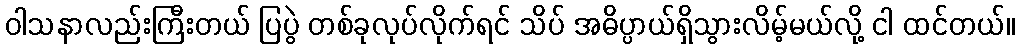
ဝါသနာလည်းကြီးတယ် ပြပွဲ တစ်ခုလုပ်လိုက်ရင် သိပ် အဓိပ္ပာယ်ရှိသွားလိမ့်မယ်လို့ ငါ ထင်တယ်။